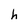
Character: h